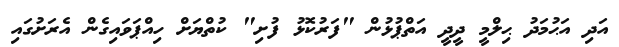
އަދި އަޙުމަދު ޙިލްމީ ދީދީ އަތްޕުޅުން "ފަރުކޮޅު ފުށި" ކުތްޔަށް ހިއްޕަވައިގެން އެރަށުގައި